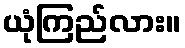
ယုံကြည်လား။